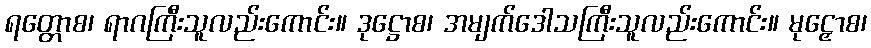
ရတ္တောစ၊ ရာဂကြီးသူလည်းကောင်း။ ဒုဋ္ဌောစ၊ အမျက်ဒေါသကြီးသူလည်းကောင်း။ မုဠှောစ၊